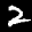
Label: 2